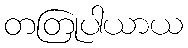
တတြုပါယာယ